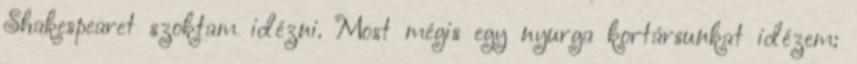
Shakespearet szoktam idézni. Most mégis egy nyurga kortársunkat idézem: